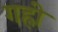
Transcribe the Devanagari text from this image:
गह्री